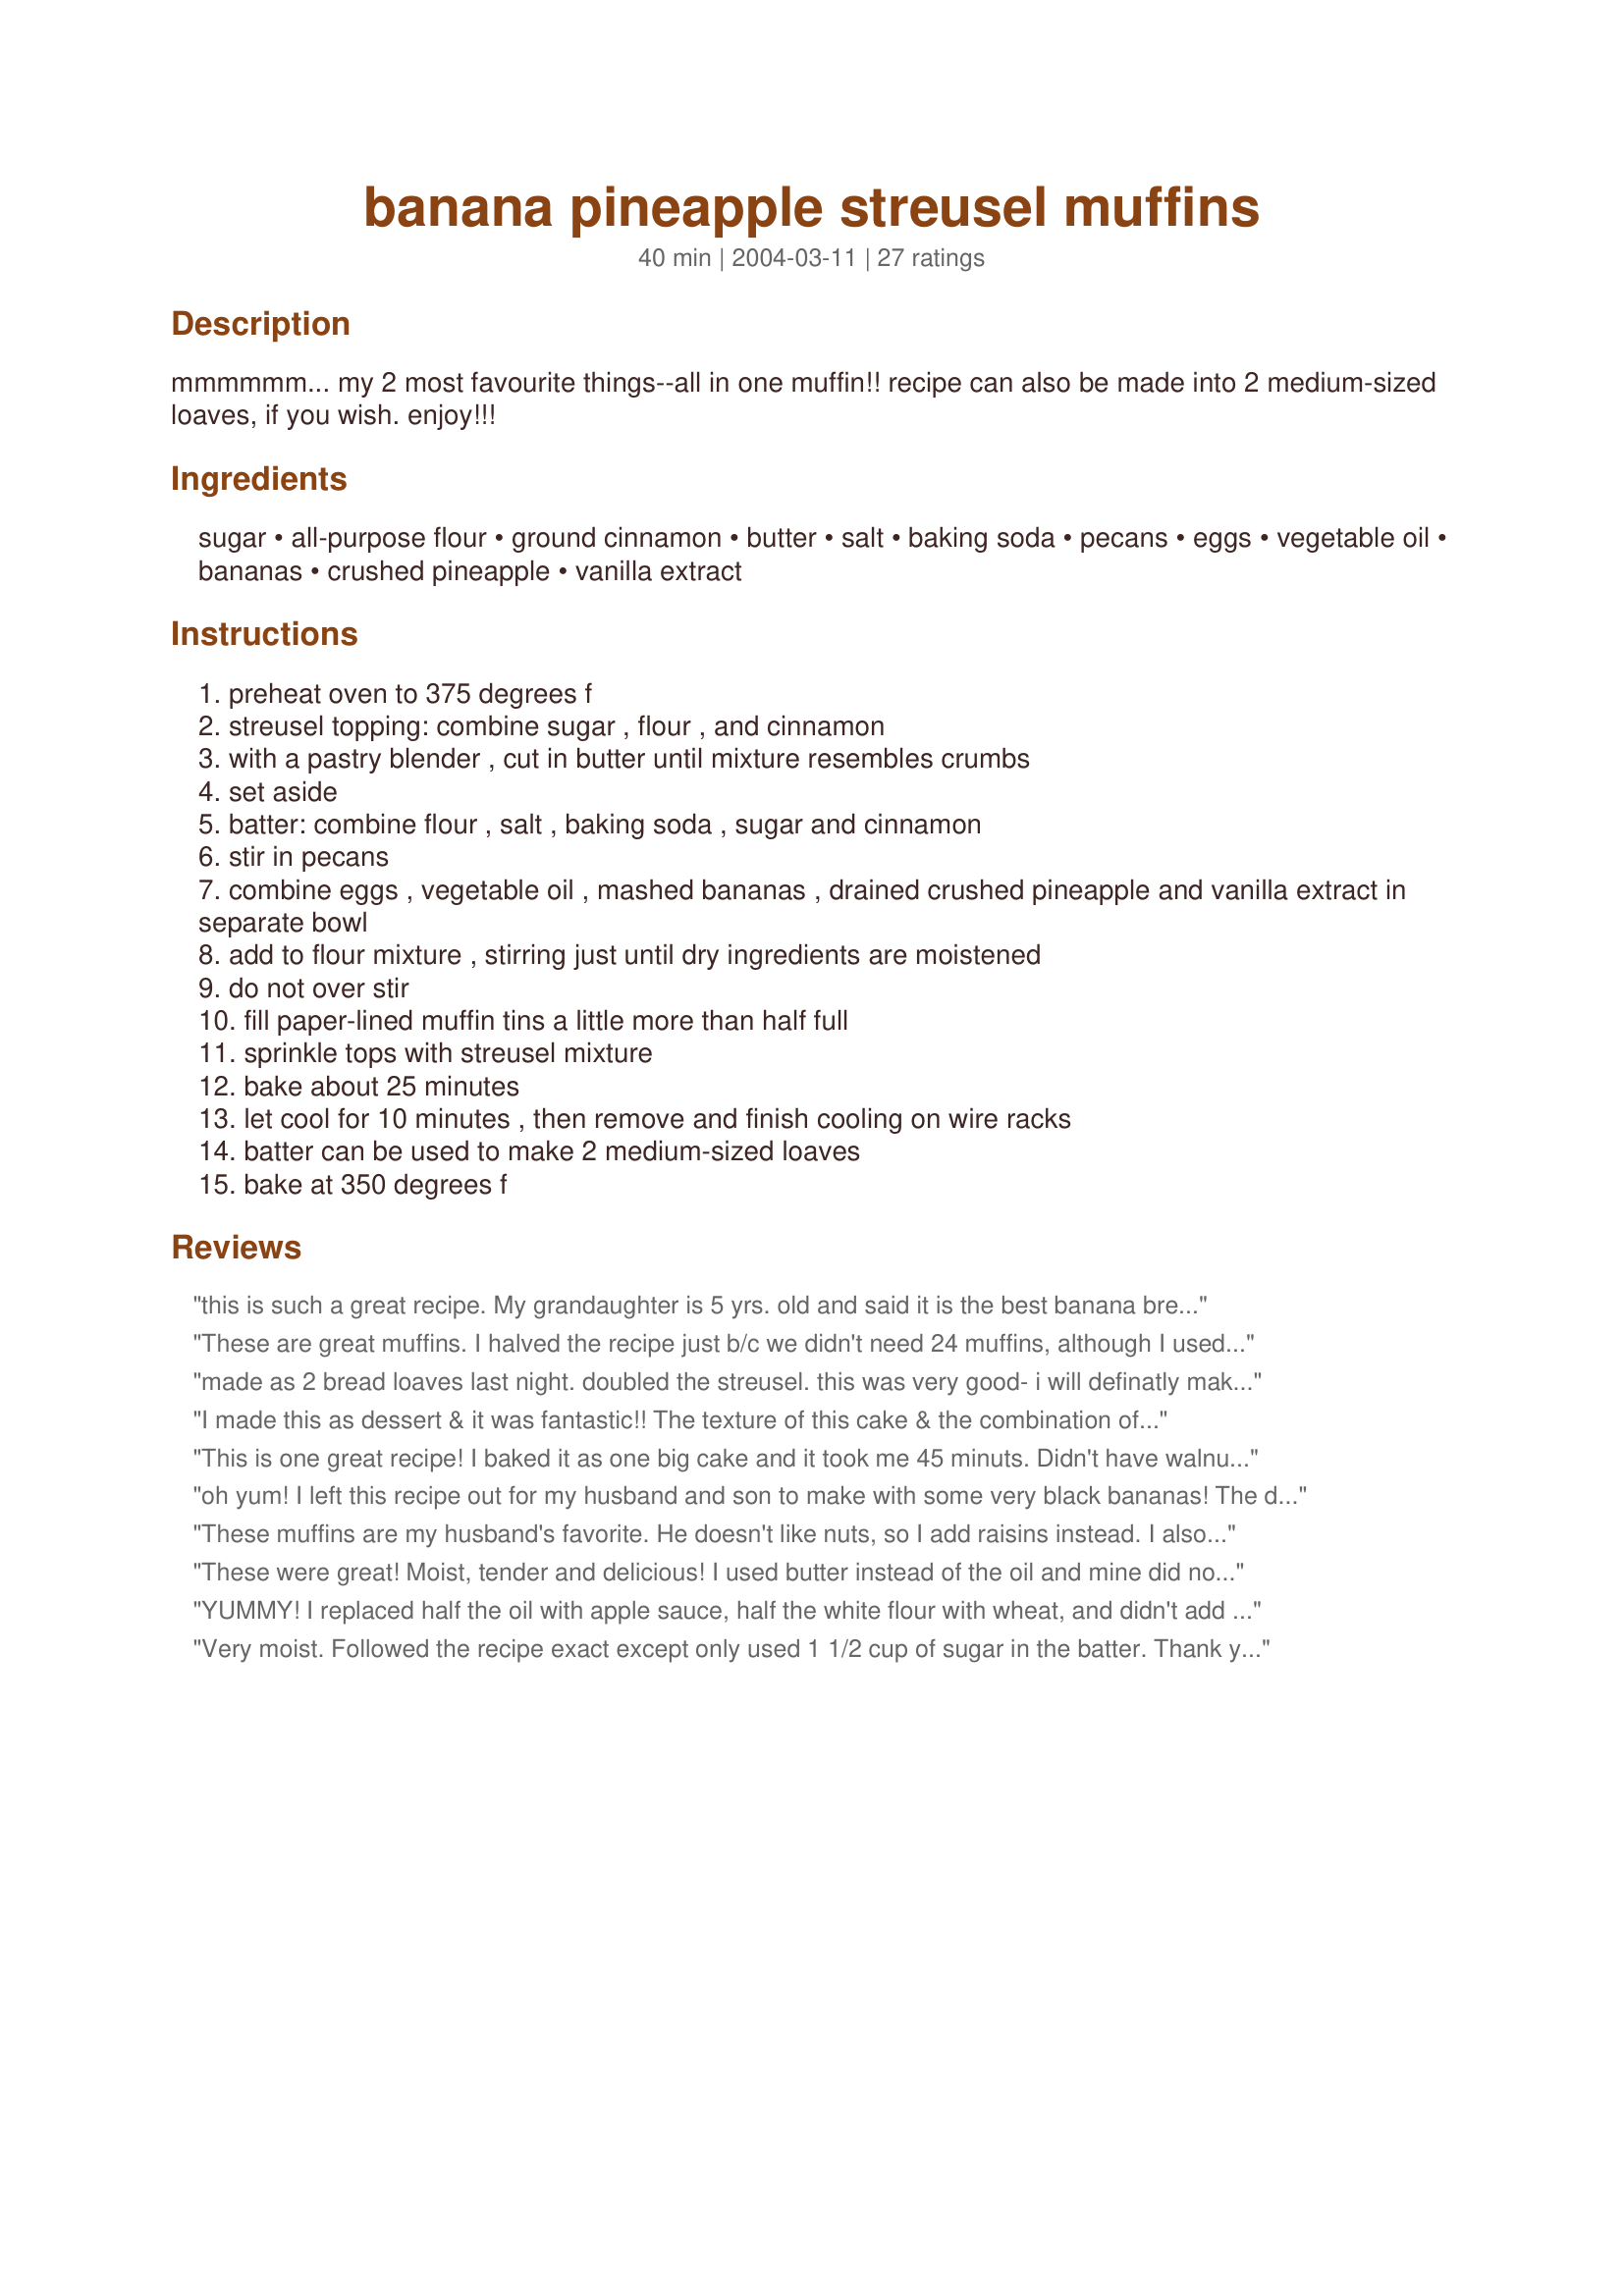
banana pineapple streusel muffins
Preparation time: 40 minutes

mmmmmm... my 2 most favourite things--all in one muffin!! recipe can also be made into 2 medium-sized loaves, if you wish. enjoy!!!

Ingredients:
sugar, all-purpose flour, ground cinnamon, butter, salt, baking soda, pecans, eggs, vegetable oil, bananas, crushed pineapple, vanilla extract

Steps:
preheat oven to 375 degrees f
streusel topping: combine sugar , flour , and cinnamon
with a pastry blender , cut in butter until mixture resembles crumbs
set aside
batter: combine flour , salt , baking soda , sugar and cinnamon
stir in pecans
combine eggs , vegetable oil , mashed bananas , drained crushed pineapple and vanilla extract in separate bowl
add to flour mixture , stirring just until dry ingredients are moistened
do not over stir
fill paper-lined muffin tins a little more than half full
sprinkle tops with streusel mixture
bake about 25 minutes
let cool for 10 minutes , then remove and finish cooling on wire racks
batter can be used to make 2 medium-sized loaves
bake at 350 degrees f

Reviews:
this is such a great recipe. My grandaughter is 5 yrs. old and said it is the best banana bread ever..It is so moist and topping is great..I'm certain that it is going to re place my old recipe
These are great muffins. I halved the recipe just b/c we didn't need 24 muffins, although I used the full 8 oz of pineapple. I did make a few changes to try and make it healthier. I added 1 c. all-purpose flour and 1/2 c. whole wheat flour (will probably try adding a little more wheat next time), used 1/4 c. sugar and 1/4 c. splenda, 1/4 c. oil and a small jar of babyfood sweet potatoes I needed to use up. My banana wasn't completely ripe, so I added a bit of banana extract and I omitted the nuts and the streusel topping. They only took 18 min to bake and were very moist and sweet.
made as 2 bread loaves last night. doubled the streusel. this was very good- i will definatly make again! Stuck to bread pans pretty bad, will use parchment paper next time. This is less dense and a bit sweeter than regular banana bread- no butter needed.
I made this as dessert & it was fantastic!! The texture of this cake & the combination of flavors are wonderful.I baked it in a 13x9x2 pan & glazed it w/ Kittencal's easy creamy white glaze recipe. Wonderful...thanks
This is one great recipe! I baked it as one big cake and it took me 45 minuts. Didn't have walnuts - so substituted with cashewnuts and for the streusel, I used brown sugar. We had this with Cream cheese frosting - simply superb! Thanks a lot!
oh yum! I left this recipe out for my husband and son to make with some very black bananas! The directions were clear enough for him to follow and the end result was delicious. Great flavour and the topping made these extra special. The kids had some for breakfast the next day and the rest I popped into the frezer for another day. DH was able to get 24 muffins and 1 small loaf. Thanks for sharing :)
These muffins are my husband's favorite. He doesn't like nuts, so I add raisins instead. I also add unsweetened dried shredded coconut to the streusel topping to enhance the tropical flavor. I've also experimented with using part whole wheat flour and subsituting part of the fats with ground flax for healthiness. It seems there's nothing you can do to mess up this delicious muffin.
These were great! Moist, tender and delicious! I used butter instead of the oil and mine did not get the lovely high crown on them, but they tasted fantastic. And my streusel topping kind of melted into the muffin for some reason, so the pictures are not too pretty. Next time I may try these as loaves and see if they come out any prettier :)
YUMMY! I replaced half the oil with apple sauce, half the white flour with wheat, and didn't add the stuseal topping. Fantastic!
Very moist. Followed the recipe exact except only used 1 1/2 cup of sugar in the batter. Thank you for posting your recipe.
Great recipe. The muffins were moist and very yummy. I love banana and pineapple and the combination of both flavors in the muffins were great. I will defintely make these muffins again.
Seriously good!!! I used pineapple pieces and whole almonds along with a 1/2 cup of dessicated coconut. I also omitted the streusel and opted for 3 tablespoons of pineapple juice with 1 tablespoon of raw sugar then topped the two loaves half way through cooking. The sugar was was still crunchy. Thanks!!!
If you haven't made these muffins, then you don't know what you are missing. My sister came by to get some,put the rest in a Zippy bag for me (to put in the frig)-then went home with her 4, plus my bag full. By the time I got my dozen back, there were anly 4 left.
preheat oven to 375, but bake at 350 degrees? The recipe is delicious when baked at 350, but i found this direction confusing
I had some leftover crushed pineapple and was looking for a recipe to use it up..I made 4 mini loaves and 6 muffins with this recipe. I used half wheat flour,added 1/4 c coconut and added some leftover mandarin oranges chopped (6oz) I didnt know what else to do with.Omitted the nuts... It came out very moist and real yummy..My DH said its the best banana bread Ive made yet..I highly recommend this recipe. It doesnt need the extra calories of the strusel topping..
These muffins made a great snack for the Resident Manager of our apartment complex. I baked these as a food gift for her and she said she absolutely loved 'em. Thanks so much for the recipe!
These were quite yummy and didn't last long. I didn't have crushed pineapple so used apple sauce which worked out very well. Will definitely be making these again.
these were great muffins! i did make a few changes to make them more healthful, but i just love the banana and pineapple together! i used applesauce instead of oil, used 1/2 the sugar (which was plenty) and skipped the topping. lovely!
Very good. Moist and flavorful.
These were wonderful. They would have been good without the streusel topping but with it, it sets them over the roof! Loved the flavor combination. Thank you for sharing with us.
These are yummy! They've just cooled enough to eat and I'm very happy with how they came out. I confess to one slight change - I was short a total of about 1/2 cu p of white sugar so I substituted yellow. The texture is lovely, if a bit on the sweet side but great if, like me, you like sweet. I'll make these again.
 i madev these at the hope loge and they turned out well people really liked them im not sure i would do the topping again it was crunchy just my personal taste thanks for posting dee
this recipe was wonderful. I baked in in loaf pans and my family just loved it. I also used half wheat flour like a past reviewer did. Thanks
The streusel topping is the best part, isn't it always? These are good but pretty sweet and I am basing my star rating on taste. DD (4 years old) likes them. I made ours gluten free using recipe#360337 for a half batch here. I don't like white sugar but I did use it. I used just 1 egg for the half batch but some more canola oil. Not sure if that is why most of them sunk in the middle. I did add walnuts as we like them in banana bread, if you like them I recommend it. I used alcohol free vanilla plus the rest of the ingredients in both recipes adding a bit of the canned pineapple liquid as my batter was pretty dry. I'd make a different recipe next time.
Bread ingredients are exactly the same as bread <a href="/36336">Banana Nut Pineapple Bread</a>. However I enjoyed making these as muffins and adding the streusel. They are wonderful! It made 24 muffins plus a small loaf of bread. I substituted 1 of the cups of flour for whole wheat & one of the cups of sugar for Splenda baking blend (probably could have used both with Splenda as the muffins turned out very sweet, light & moist). I used brown sugar in the streusel. I love cinnamon so I increased it to 1 tsp. in the streusel & 2 tsp. in the bread. I left out the nuts as my hubby doesn't like them in baked goods. I am so impressed with these! They're very good all by themselves or excellent fresh out of the oven or reheated in the microwave for 30 seconds with whipped cream. Yum! This recipe is a keeper. Thank you!
These are great! It makes an incredibly moist muffin, probably the best banana muffin I have ever had! Thanks for posting!
Very yummy muffins! I took these to a meeting at work today and everybody loved them. I did make a couple of changes (the meeting was our Healthcare Committee, so I had to make them healthy!) - used egg substitute for 2 of the 3 eggs, 3/4 cup unsweetened applesauce + 1/4 cup oil instead of the full cup of oil, and I added about 1/4 cup coconut to the batter. Since I used applesauce for most of the oil, I did increase the baking soda to 1-1/2 tsp as I figured the applesauce might add "heaviness" to the batter. Thanks Boyz 5 for a muffin recipe I will use often! -M :-)
